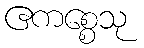
ဧကစ္စေသု